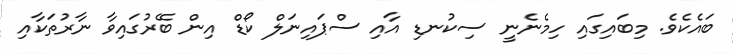
ބައެކެވެ. މިބައިގައި ހިމެނެނީ ސިކުނޑި އާއި ސްޕައިނަލް ކޯޑް އިން ބޭރުގައިވާ ނާރުތަކާއި